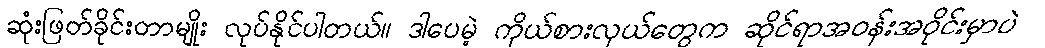
ဆုံးဖြတ်ခိုင်းတာမျိုး လုပ်နိုင်ပါတယ်။ ဒါပေမဲ့ ကိုယ်စားလှယ်တွေက ဆိုင်ရာအဝန်းအဝိုင်းမှာပဲ